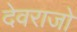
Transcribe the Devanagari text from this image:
देवराजो